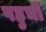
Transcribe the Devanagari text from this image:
पहुचीं